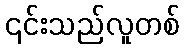
၎င်းသည်လူတစ်